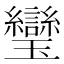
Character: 𤫜